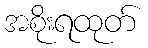
အစိုးရထုတ်